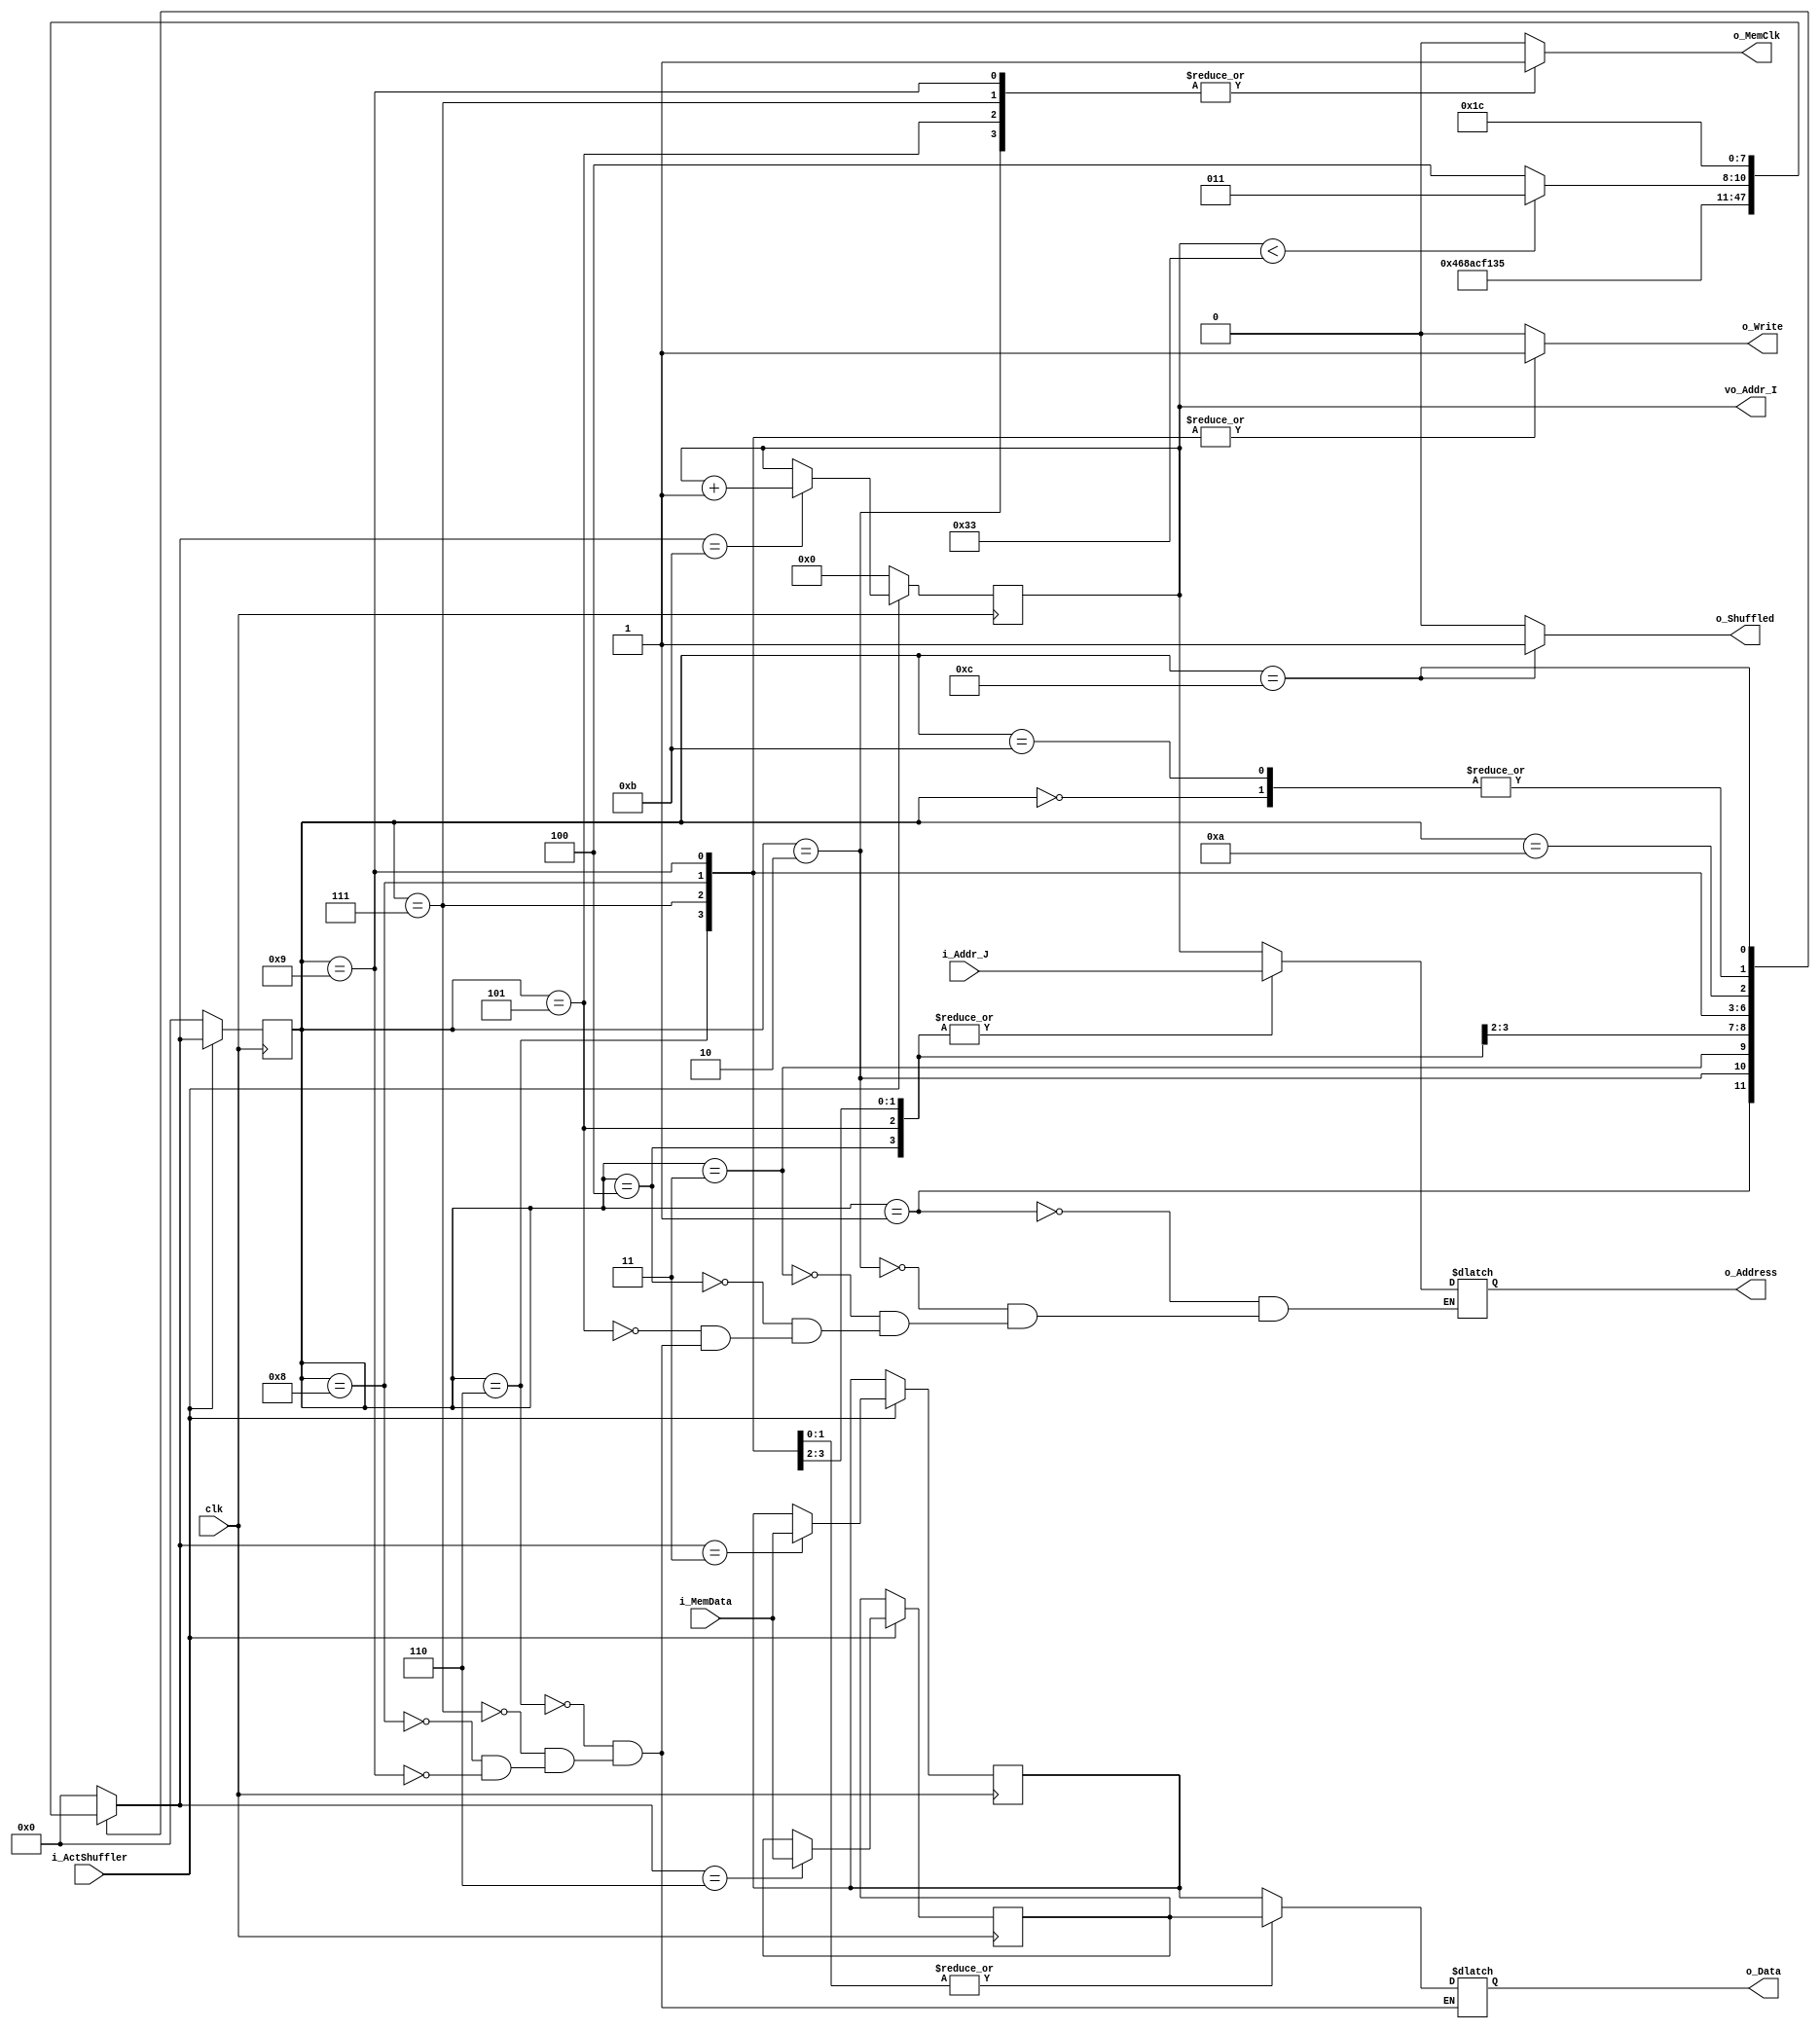
// Made by: Erick

module Shuffler
(
    // ----- Inputs -----
    input [3:0] i_MemData,
    input i_ActShuffler,
    input [5:0] i_Addr_J,
    input clk,
    // ----- Outputs ----
    output reg o_Shuffled,
    output reg [3:0] o_Data,
    output reg [5:0] o_Address,
    output reg o_MemClk,
    output reg o_Write,
    // --- Var output ---
    output reg [5:0] vo_Addr_I
);

// Data register
reg [3:0] vc_Data_I, vc_Data_J;



// State register
reg [3:0] A_State, F_State;


parameter   Start           = 4'b 0000,
            InitOutputs     = 4'b 0001,
            I_ReadMemOut    = 4'b 0010,
            I_StoreMemOut   = 4'b 0011,
            GetNxtAddr      = 4'b 0100,
            J_ReadMemOut    = 4'b 0101,
            J_StoreMemOut   = 4'b 0110,
            J_WriteMemAddr  = 4'b 0111,
            ChangeAddr      = 4'b 1000,
            I_WriteMemAddr  = 4'b 1001,
            IfState         = 4'b 1010,
            IncreaseAddr    = 4'b 1011,
            Shuffled        = 4'b 1100;

// Clocked block
always @(posedge clk)
begin
    if(!i_ActShuffler)
    begin
        A_State <= Start;
        vo_Addr_I <= 0;
    end
    else
    begin
        A_State <= F_State;

        case (F_State)
            IncreaseAddr :
                vo_Addr_I <= vo_Addr_I + 1;
            
            I_StoreMemOut :
                vc_Data_I <= i_MemData;

            J_StoreMemOut :
                vc_Data_J = i_MemData;
        endcase
    end
end

// Next state decoder
always @(*)
begin
    case (A_State)
        Start :
            F_State = InitOutputs;

        InitOutputs :
            F_State = I_ReadMemOut;

        I_ReadMemOut :
            F_State = I_StoreMemOut;

        I_StoreMemOut :
            F_State = GetNxtAddr;

        GetNxtAddr :
            F_State = J_ReadMemOut;

        J_ReadMemOut :
            F_State = J_StoreMemOut;

        J_StoreMemOut :
            F_State = J_WriteMemAddr;

        J_WriteMemAddr :
            F_State = ChangeAddr;

        ChangeAddr :
            F_State = I_WriteMemAddr;

        I_WriteMemAddr :
            F_State = IfState;

        IfState :
            if (vo_Addr_I < 51)
                F_State = IncreaseAddr;
            else
                F_State = Shuffled;

        IncreaseAddr :
            F_State = InitOutputs;

        Shuffled :
            F_State = Shuffled;

        default : 
            F_State = Start;
    endcase
end

// Output decoder
always @(*)
begin
    // Default output values
    o_Shuffled = 0;
    o_MemClk = 0;
    o_Write = 0;
    case (A_State)
        InitOutputs :
            o_Address = vo_Addr_I;

        I_ReadMemOut :
            begin
                o_MemClk = 1;
                o_Address = vo_Addr_I;
            end

        I_StoreMemOut :
            o_Address = vo_Addr_I;
            // vc_Data_I = i_MemData; Clocked

        GetNxtAddr :
            o_Address = i_Addr_J;

        J_ReadMemOut :
            begin
                o_MemClk = 1;
                o_Address = i_Addr_J;
            end

        J_StoreMemOut :
            begin
                o_Data = vc_Data_I;
                o_MemClk = 0;
                o_Write = 1;
                o_Address = i_Addr_J;
                // vc_Data_J = i_MemData; Clocked
            end

        J_WriteMemAddr :
            begin
                o_Data = vc_Data_I;
                o_MemClk = 1;
                o_Write = 1;
                o_Address = i_Addr_J;
            end

        ChangeAddr :
            begin
                o_Data = vc_Data_J;
                o_MemClk = 0;
                o_Write = 1;
                o_Address = vo_Addr_I;
            end

        I_WriteMemAddr :
            begin
                o_Data = vc_Data_J;
                o_MemClk = 1;
                o_Write = 1;
                o_Address = vo_Addr_I;
            end

        Shuffled :
            o_Shuffled = 1;
    endcase
end

endmodule // Shuffler